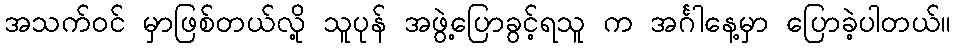
အသက်ဝင် မှာဖြစ်တယ်လို့ သူပုန် အဖွဲ့ပြောခွင့်ရသူ က အင်္ဂါနေ့မှာ ပြောခဲ့ပါတယ်။